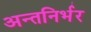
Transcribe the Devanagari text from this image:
अन्तनिर्भर